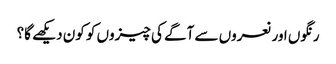
رنگوں اور نعروں سے آگے کی چیزوں کو کون دیکھے گا؟